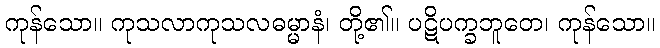
ကုန်သော။ ကုသလာကုသလဓမ္မာနံ၊ တို့၏။ ပဋိပက္ခဘူတေ၊ ကုန်သော။